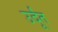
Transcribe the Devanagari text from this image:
उर्दूंत